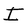
Character: I